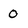
Character: 0